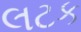
લટક